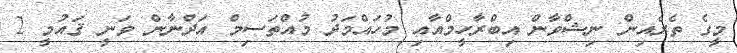
މީގެ ތެރެއިން ނިޝްވާން އިބްރާހީމްއާއި މުހައްމަދު މުއްތަސިމް އަދްނާން ވަނީ ޤައުމީ 2